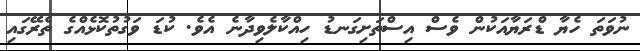
ނުވަތަ ހެޔާ ޑްރަޔާއަކުން ވެސް އިސްތަށިގަނޑު ހިއްކާލެވިދާނެ އެވެ. ކުޑަ ވަގުތުކޮޅެއްގެ ތެރޭގައި